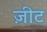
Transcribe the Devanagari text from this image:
ज़ीट